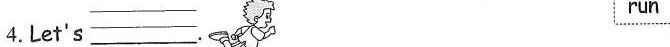
4.Let's ___ .run